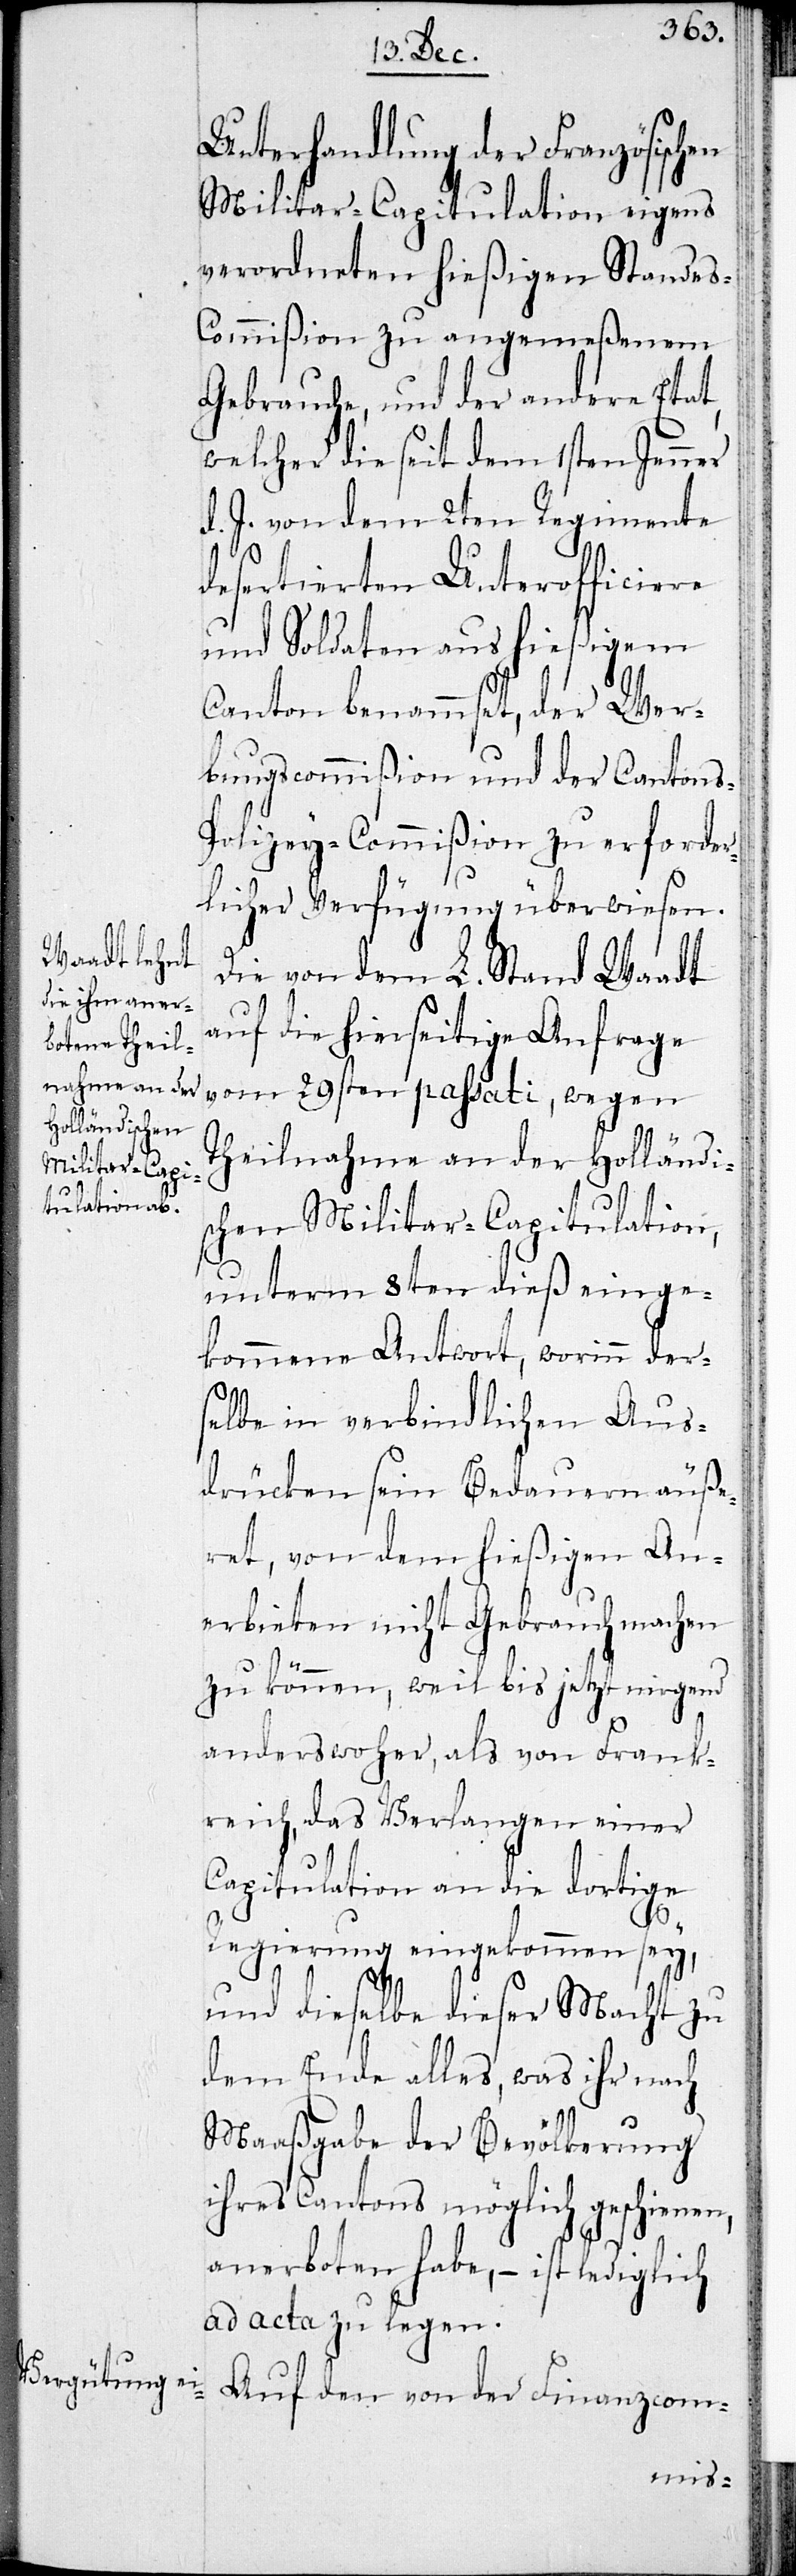
Unterhandlung der Französischen
Militar-Capitulation eigens
verordneten hießigen Stande¬
s-Commißion zu angemeßenem
Gebrauche, und der andere Etat,
welcher die seit dem 1sten Jenner
d. J. von dem 2ten Regimente
desertierten Unterofficiere
und Soldaten aus hießigem
Canton benamset, der Wer¬
bungscommißion und der Cantons-P¬
olizey-Commißion zu erforder¬
licher Verfügung überwiesen.
Die von dem L. Stand Waadt
auf die hierseitige Anfrage
vom 29sten passati, wegen
Theilnahme an der Holländi¬
schen Militar-Capitulation,
unterm 8ten dieß einge¬
kommene Antwort, worinn ders¬
elbe in verbindlichen Aus¬
drücken sein Bedauern äuße¬
ret, von dem hießigen An¬
erbieten nicht Gebrauch machen
zu können, weil bis jetzt nirgend
anderswoher, als von Frank¬
reich, das Verlangen einer
Capitulation an die dortige
Regierung eingekommen sey,
und dieselbe dieser Macht zu
dem Ende alles, was ihr nach
Maaßgabe der Bevölkerung
ihres Cantons möglich geschienen,
anerboten habe, – ist lediglich
ad acta zu legen.
Auf den von der Finanzcom-